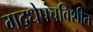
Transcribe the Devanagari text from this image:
गद्धेपंचविशीत